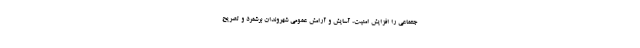
جتماعی را افزایش امنیت، آسایش و آرامش عمومی شهروندان برشمرد و تصریح